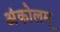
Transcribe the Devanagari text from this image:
अंकोलम्